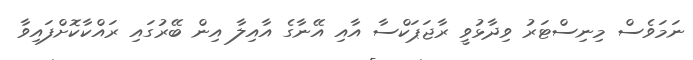
ނަމަވެސް މިނިސްޓަރު ވިދާޅުވީ ރާޖަޕަކްސާ އާއި އޭނާގެ އާއިލާ އިން ބޭރުގައި ރައްކާކޮށްފައިވާ